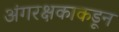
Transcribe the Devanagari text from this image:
अंगरक्षकाकडून